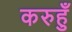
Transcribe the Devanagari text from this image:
करुहुँ